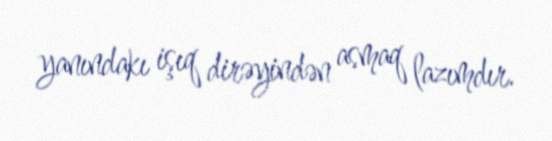
yanındakı işıq dirəyindən asmaq lazımdır.